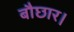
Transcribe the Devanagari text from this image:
बौछार।